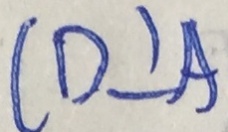
C D \bot A